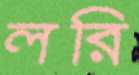
লরি